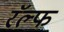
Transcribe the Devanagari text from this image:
रॅल्फ